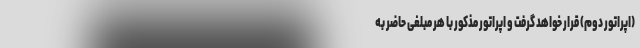
(اپراتور دوم) قرار خواهد گرفت و اپراتور مذکور با هر مبلغی حاضر به